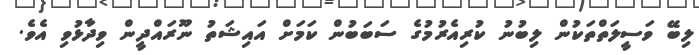
ލިބޭ ވަސީލަތްތަކުން ލިބުނު ކުރިއެރުމުގެ ސަބަބުން ކަމަށް އައިޝަތު ނޫރައްދީން ވިދާޅުވި އެވެ.